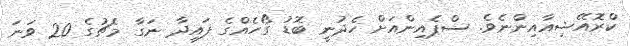
ކްރޮއޭޝިއާއިންނެވެ. ސްޕެއިންއަށް ހެދުނީ ބޮޑު ގޯހެއްގެ ފައިދާ ނަގާ މެޗުގެ 20 ވަނަ